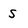
Character: S